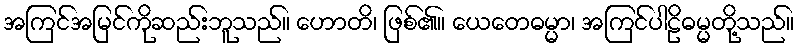
အကြင်အမြင်ကိုဆည်းဘူသည်။ ဟောတိ၊ ဖြစ်၏။ ယေတေဓမ္မာ၊ အကြင်ပါဠိဓမ္မတို့သည်။